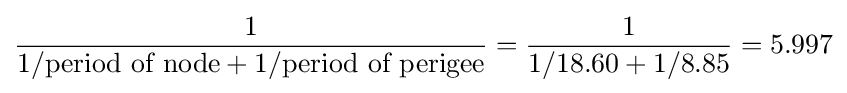
{\frac {1}{1/{\text{period of node}}+1/{\text{period of perigee}}}}={\frac {1}{1/18.60+1/8.85}}=5.997